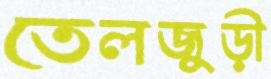
তেলজুড়ী